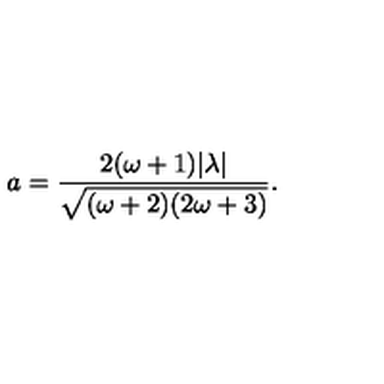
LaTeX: a = \frac { 2 ( \omega + 1 ) | \lambda | } { \sqrt { ( \omega + 2 ) ( 2 \omega + 3 ) } } .